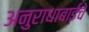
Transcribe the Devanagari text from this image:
अनुराधाबाईंचे